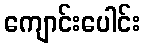
ကျောင်းပေါင်း